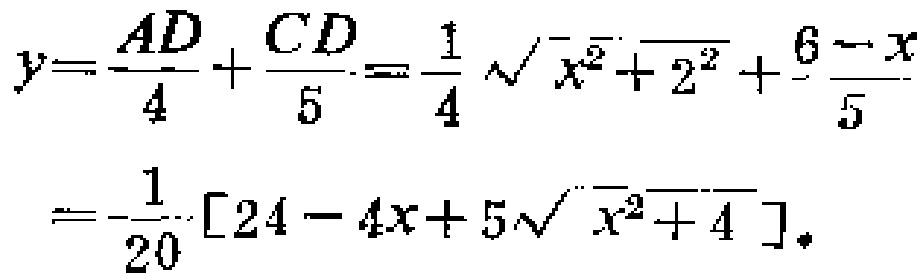
\[
\begin{align*}
y&=\frac{AD}{4}+\frac{CD}{5}=\frac{1}{4}\sqrt{x^{2}+2^{2}}+\frac{6 - x}{5}\\
&=-\frac{1}{20}[24 - 4x + 5\sqrt{x^{2}+4}].
\end{align*}
\]